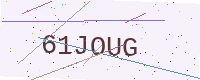
Text: 61JOUG